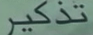
تذكر